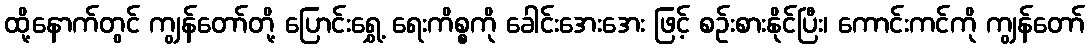
ထို့နောက်တွင် ကျွန်တော်တို့ ပြောင်းရွှေ့ ရေးကိစ္စကို ခေါင်းအေးအေး ဖြင့် စဉ်းစားနိုင်ပြီး၊ ကောင်းကင်ကို ကျွန်တော်